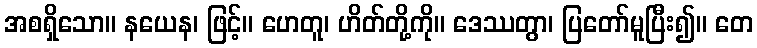
အစရှိသော။ နယေန၊ ဖြင့်။ ဟေတူ၊ ဟိတ်တို့ကို။ ဒေဿတွာ၊ ပြတော်မူပြီး၍။ တေ